Proceedings of the meeting of veterinary officers in India
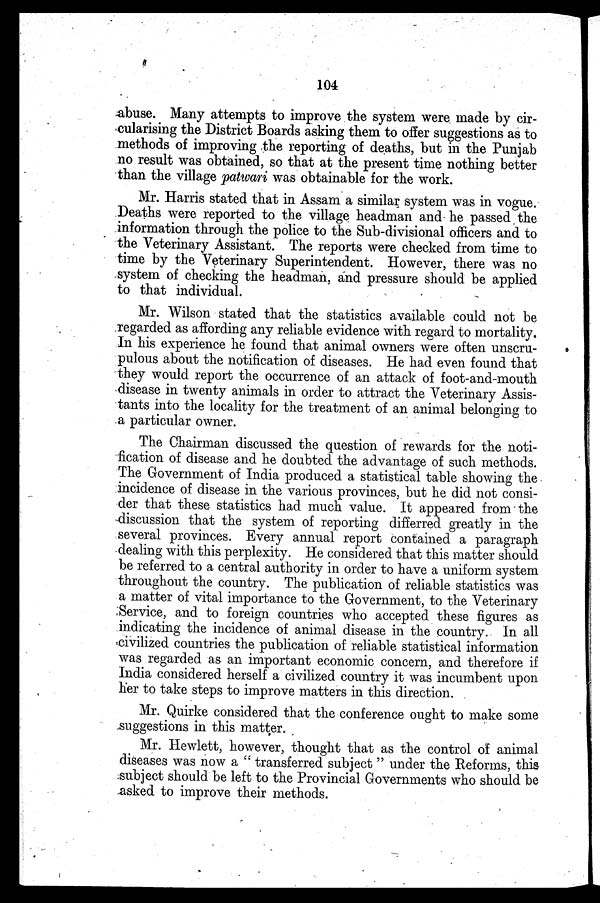
104
abuse. Many attempts to improve the system were made by cir-
cularising the District Boards asking them to offer suggestions as to
methods of improving the reporting of deaths, but in the Punjab
no result was obtained, so that at the present time nothing better
than the village patwari was obtainable for the work.
Mr. Harris stated that in Assam a similar system was in vogue.
Deaths were reported to the village headman and he passed the
information through the police to the Sub-divisional officers and to
the Veterinary Assistant. The reports were checked from time to
time by the Veterinary Superintendent. However, there was no
system of checking the headman, and pressure should be applied
to that individual.
Mr. Wilson stated that the statistics available could not be
regarded as affording any reliable evidence with regard to mortality.
In his experience he found that animal owners were often unscru-
pulous about the notification of diseases. He had even found that
they would report the occurrence of an attack of foot-and-mouth
disease in twenty animals in order to attract the Veterinary Assis-
tants into the locality for the treatment of an animal belonging to
a particular owner.
The Chairman discussed the question of rewards for the noti-
fication of disease and he doubted the advantage of such methods.
The Government of India produced a statistical table showing the
incidence of disease in the various provinces, but he did not consi-
der that these statistics had much value. It appeared from the
discussion that the system of reporting differred greatly in the
several provinces. Every annual report contained a paragraph
dealing with this perplexity. He considered that this matter should
be referred to a central authority in order to have a uniform system
throughout the country. The publication of reliable statistics was
a matter of vital importance to the Government, to the Veterinary
Service, and to foreign countries who accepted these figures as
indicating the incidence of animal disease in the country. In all
civilized countries the publication of reliable statistical information
was regarded as an important economic concern, and therefore if
India considered herself a civilized country it was incumbent upon
her to take steps to improve matters in this direction.
Mr. Quirke considered that the conference ought to make some
suggestions in this matter.
Mr. Hewlett, however, thought that as the control of animal
diseases was now a " transferred subject " under the Reforms, this
subject should be left to the Provincial Governments who should be
asked to improve their methods.